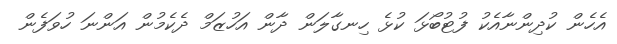
އެހެން ކުދިންނާއެކު ފުޓުބޯޅަ ކުޅެ ހިނގާލަން ދާން އަހުޒަމް ދެކެމުން އަންނަ ހުވަފެން